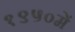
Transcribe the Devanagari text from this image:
१९५०में